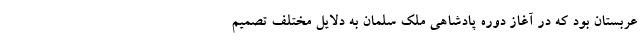
عربستان بود که در آغاز دوره پادشاهی ملک سلمان به دلایل مختلف تصمیم